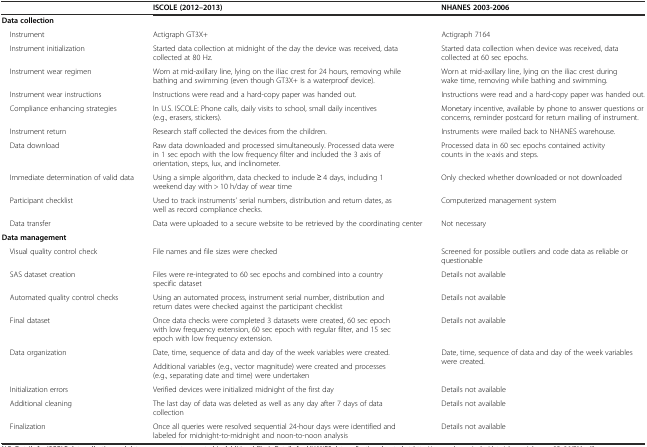
<table><thead><tr><td></td><td><b>ISCOLE (2012–2013)</b></td><td><b>NHANES 2003-2006</b></td></tr></thead><tbody><tr><td colspan="3"><b>Data collection</b></td></tr><tr><td> Instrument</td><td>Actigraph GT3X+</td><td>Actigraph 7164</td></tr><tr><td> Instrument initialization</td><td>Started data collection at midnight of the day the device was received, data collected at 80 Hz.</td><td>Started data collection when device was received, data collected at 60 sec epochs.</td></tr><tr><td> Instrument wear regimen</td><td>Worn at mid-axillary line, lying on the iliac crest for 24 hours, removing while bathing and swimming (even though GT3X+ is a waterproof device).</td><td>Worn at mid-axillary line, lying on the iliac crest during wake time, removing while bathing and swimming.</td></tr><tr><td> Instrument wear instructions</td><td>Instructions were read and a hard-copy paper was handed out.</td><td>Instructions were read and a hard-copy paper was handed out.</td></tr><tr><td> Compliance enhancing strategies</td><td>In U.S. ISCOLE: Phone calls, daily visits to school, small daily incentives (e.g., erasers, stickers).</td><td>Monetary incentive, available by phone to answer questions or concerns, reminder postcard for return mailing of instrument.</td></tr><tr><td> Instrument return</td><td>Research staff collected the devices from the children.</td><td>Instruments were mailed back to NHANES warehouse.</td></tr><tr><td> Data download</td><td>Raw data downloaded and processed simultaneously. Processed data were in 1 sec epoch with the low frequency filter and included the 3 axis of orientation, steps, lux, and inclinometer.</td><td>Processed data in 60 sec epochs contained activity counts in the x-axis and steps.</td></tr><tr><td> Immediate determination of valid data</td><td>Using a simple algorithm, data checked to include ≥ 4 days, including 1 weekend day with &gt; 10 h/day of wear time</td><td>Only checked whether downloaded or not downloaded</td></tr><tr><td> Participant checklist</td><td>Used to track instruments’ serial numbers, distribution and return dates, as well as record compliance checks.</td><td>Computerized management system</td></tr><tr><td> Data transfer</td><td>Data were uploaded to a secure website to be retrieved by the coordinating center</td><td>Not necessary</td></tr><tr><td colspan="3"><b>Data management</b></td></tr><tr><td> Visual quality control check</td><td>File names and file sizes were checked</td><td>Screened for possible outliers and code data as reliable or questionable</td></tr><tr><td> SAS dataset creation</td><td>Files were re-integrated to 60 sec epochs and combined into a country specific dataset</td><td>Details not available</td></tr><tr><td> Automated quality control checks</td><td>Using an automated process, instrument serial number, distribution and return dates were checked against the participant checklist</td><td>Details not available</td></tr><tr><td> Final dataset</td><td>Once data checks were completed 3 datasets were created, 60 sec epoch with low frequency extension, 60 sec epoch with regular filter, and 15 sec epoch with low frequency extension.</td><td>Details not available</td></tr><tr><td rowspan="2"> Data organization</td><td>Date, time, sequence of data and day of the week variables were created.</td><td rowspan="2">Date, time, sequence of data and day of the week variables were created.</td></tr><tr><td>Additional variables (e.g., vector magnitude) were created and processes (e.g., separating date and time) were undertaken</td></tr><tr><td> Initialization errors</td><td>Verified devices were initialized midnight of the first day</td><td>Details not available</td></tr><tr><td> Additional cleaning</td><td>The last day of data was deleted as well as any day after 7 days of data collection</td><td>Details not available</td></tr><tr><td> Finalization</td><td>Once all queries were resolved sequential 24-hour days were identified and labeled for midnight-to-midnight and noon-to-noon analysis</td><td>Details not available</td></tr></tbody></table>